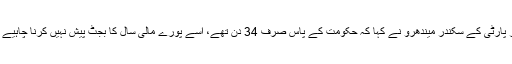
پیپلز پارٹی کے سکندر میندھرو نے کہا کہ حکومت کے پاس صرف 34 دن تھے، اسے پورے مالی سال کا بجٹ پیش نہیں کرنا چاہیے تھا۔